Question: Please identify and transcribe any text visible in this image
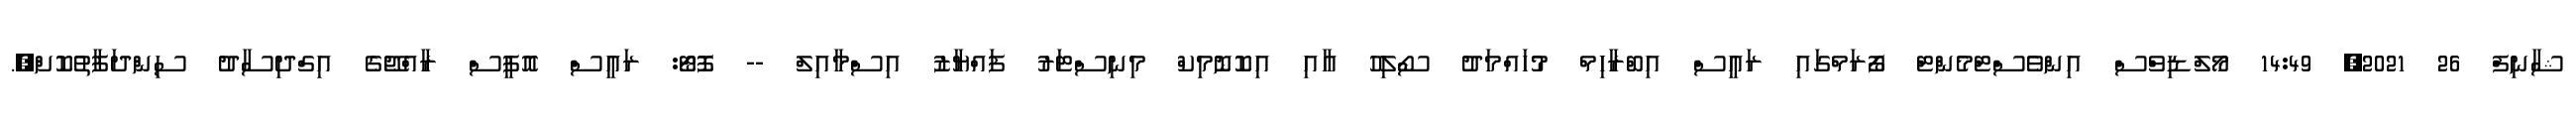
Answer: ޝާނިފް 26 2021, 14:49 މޯލްޑިވްސް އިންވެސްޓްމެންޓް ފޯރަމްގައި ރައީސް އިބްރާހިމް މުހައްމަދު ސޯލިހު އާއި އިކޮނޮމިކް މިނިސްޓަރު ފައްޔާޒު އިސްމާއިލް -- ފޮޓޯ: ރައީސް އޮފީސް ރާއްޖޭގެ އިގްދިސާދު ސިންދަފާތުކޮށް,.